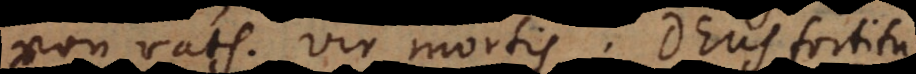
von rath; vir mortis; Deus fortitu